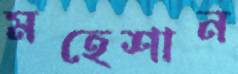
মহেশান